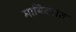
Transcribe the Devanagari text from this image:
मायिदरांत